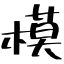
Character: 模